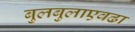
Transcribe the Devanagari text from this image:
बुलबुलाएवढा